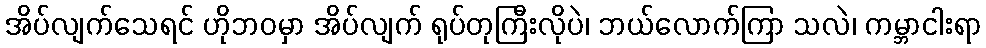
အိပ်လျက်သေရင် ဟိုဘဝမှာ အိပ်လျက် ရုပ်တုကြီးလိုပဲ၊ ဘယ်လောက်ကြာ သလဲ၊ ကမ္ဘာငါးရာ